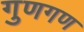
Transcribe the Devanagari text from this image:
गुणगण